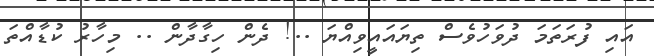
އައި ފުރަތަމަ ދުވަހުވެސް ތިޔައައީވިއްޔަ ..! ދެން ހިގާދާން .. މިހާރު ކުޑާއްތަ